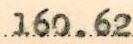
160.62